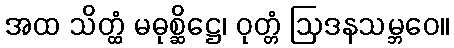
အထ သိတ္ထံ မဓုစ္ဆိဋ္ဌေ၊ ဝုတ္တံ ဩဒနသမ္ဘဝေ။